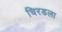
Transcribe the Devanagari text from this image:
चिरडला